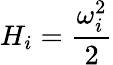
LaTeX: H_{i}=\frac{\omega_{i}^{2}}{2}